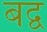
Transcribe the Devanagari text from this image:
बद्व